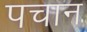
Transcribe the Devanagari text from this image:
पचान